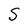
Character: S